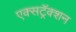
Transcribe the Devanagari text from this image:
एक्सट्रॅक्शन